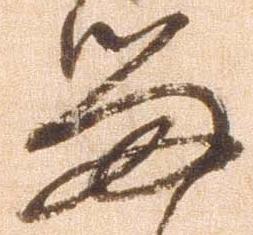
留